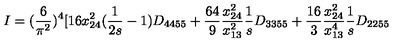
I = ( \frac { 6 } { \pi ^ { 2 } } ) ^ { 4 } [ 1 6 x _ { 2 4 } ^ { 2 } ( \frac { 1 } { 2 s } - 1 ) D _ { 4 4 5 5 } + \frac { 6 4 } { 9 } \frac { x _ { 2 4 } ^ { 2 } } { x _ { 1 3 } ^ { 2 } } \frac { 1 } { s } D _ { 3 3 5 5 } + \frac { 1 6 } { 3 } \frac { x _ { 2 4 } ^ { 2 } } { x _ { 1 3 } ^ { 4 } } \frac { 1 } { s } D _ { 2 2 5 5 }